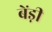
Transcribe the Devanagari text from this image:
बेंड़ी